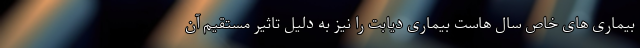
بیماری های خاص سال هاست بیماری دیابت را نیز به دلیل تاثیر مستقیم آن